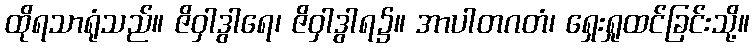
ထိုရသာရုံသည်။ ဇိဝှါဒွါရေ၊ ဇိဝှါဒွါရ၌။ အာပါတဂတံ၊ ရှေးရှုထင်ခြင်းသို့။